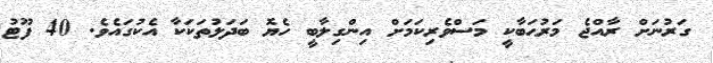
ގަރުނަށް ރާއްޖެ މަރުޙަބާކީ މަސްވެރިކަމަށް އިންގިލާބީ ހެޔޮ ބަދަލުތަކަކާ އެކުގައެވެ. 40 ފޫޓު